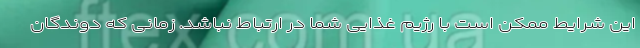
این شرایط ممکن است با رژیم غذایی شما در ارتباط نباشد. زمانی که دوندگان